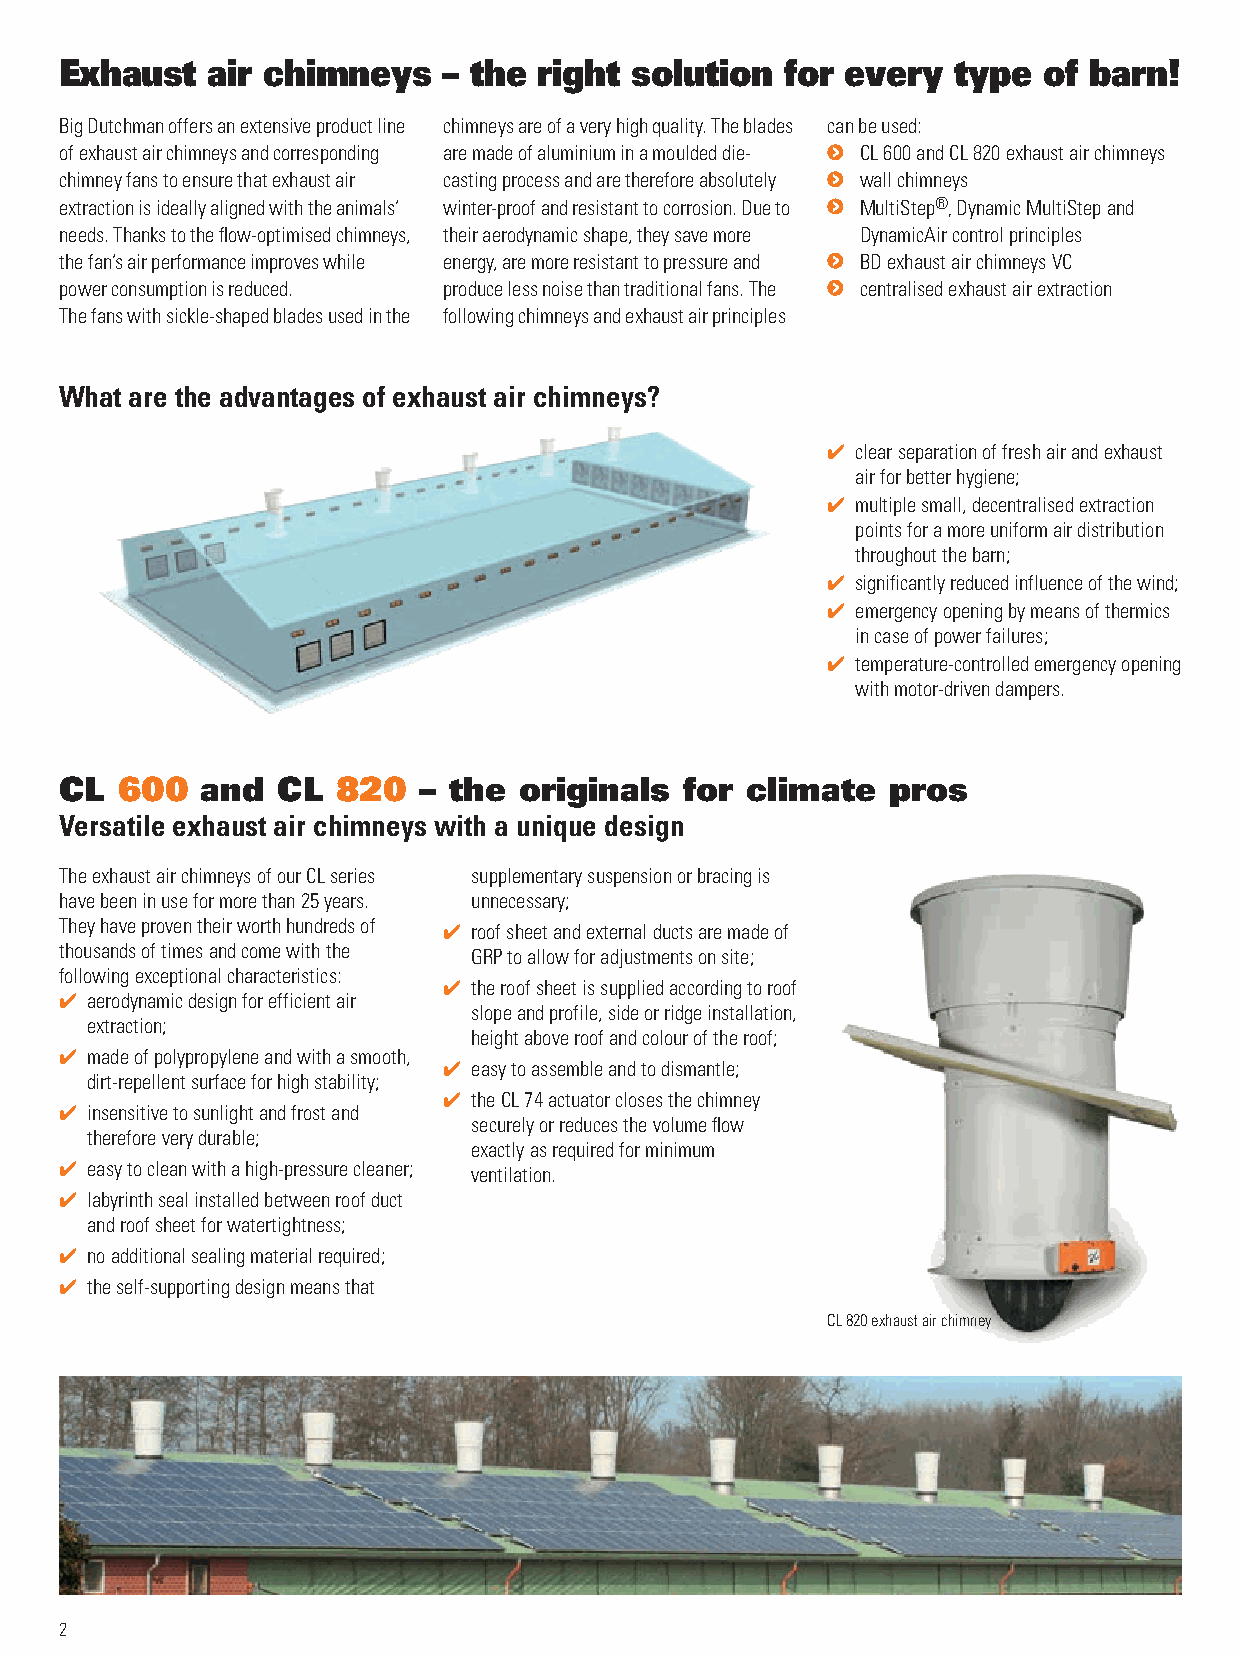
Exhaust   air chimneys   – the  right solution  for every  type  of barn!
 Big Dutchman offers an extensive product line chimneys are of a very high quality. The blades can be used:
 of exhaust air chimneys and corresponding are made of aluminium in a moulded die- CL 600 and CL 820 exhaust air chimneys
 chimney fans to ensure that exhaust air casting process and are therefore absolutely wall chimneys
 extraction is ideally aligned with the animals’ winter-proof and resistant to corrosion. Due to MultiStep®, Dynamic MultiStep and
 needs. Thanks to the flow-optimised chimneys, their aerodynamic shape, they save more DynamicAir control principles
 the fan’s air performance improves while energy, are more resistant to pressure and BD exhaust air chimneys VC
 power consumption is reduced. produce less noise than traditional fans. The centralised exhaust air extraction
 The fans with sickle-shaped blades used in the following chimneys and exhaust air principles
 What are the advantages of exhaust air chimneys?
 4 clear separation of fresh air and exhaust
 air for better hygiene;
 4 multiple small, decentralised extraction
 points for a more uniform air distribution
 throughout the barn;
 4 significantly reduced influence of the wind;
 4 emergency opening by means of thermics
 in case of power failures;
 4 temperature-controlled emergency opening
 with motor-driven dampers.
 CL  600  and  CL  820   – the originals  for climate   pros
 Versatile exhaust air chimneys with a unique design
 The exhaust air chimneys of our CL series supplementary suspension or bracing is
 have been in use for more than 25 years. unnecessary;
 They have proven their worth hundreds of 4 roof sheet and external ducts are made of
 thousands of times and come with the GRP to allow for adjustments on site;
 following exceptional characteristics:
 4 the roof sheet is supplied according to roof
 4 aerodynamic design for efficient air
 slope and profile, side or ridge installation,
 extraction;
 height above roof and colour of the roof;
 4 made of polypropylene and with a smooth,
 4 easy to assemble and to dismantle;
 dirt-repellent surface for high stability;
 4 the CL 74 actuator closes the chimney
 4 insensitive to sunlight and frost and
 securely or reduces the volume flow
 therefore very durable;
 exactly as required for minimum
 4 easy to clean with a high-pressure cleaner; ventilation.
 4 labyrinth seal installed between roof duct
 and roof sheet for watertightness;
 4 no additional sealing material required;
 4 the self-supporting design means that
 CL 820 exhaust air chimney
 2